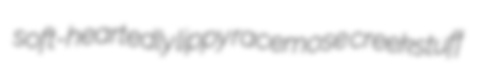
soft-heartedly lippy racemose creekstuff